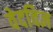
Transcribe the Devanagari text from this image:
वेदविज्ञ